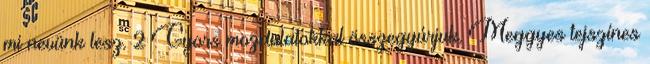
mi nevünk lesz. 2 Gyors mozdulatokkal összegyúrjuk. Meggyes tejszínes